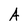
Character: A